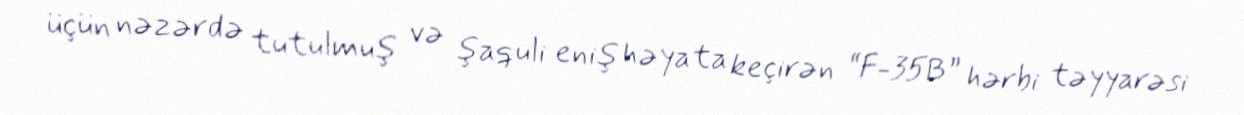
üçün nəzərdə tutulmuş və şaquli eniş həyata keçirən “F-35B” hərbi təyyarəsi